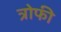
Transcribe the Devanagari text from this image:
त्रोफी